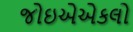
જોઇએએકલો